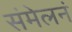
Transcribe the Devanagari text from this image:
संमेलनं